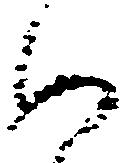
如